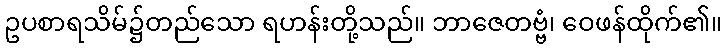
ဥပစာရသိမ်၌တည်သော ရဟန်းတို့သည်။ ဘာဇေတဗ္ဗံ၊ ဝေဖန်ထိုက်၏။